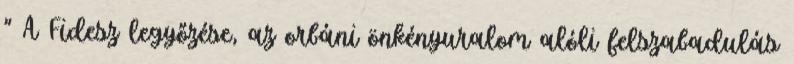
" A Fidesz legyőzése, az orbáni önkényuralom alóli felszabadulás